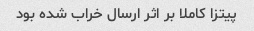
پیتزا کاملا بر اثر ارسال خراب شده بود